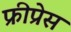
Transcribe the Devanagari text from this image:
फ्रीप्रेस